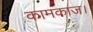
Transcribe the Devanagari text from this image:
कामकाज।